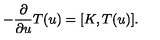
- \frac { \partial } { \partial u } T ( u ) = [ K , T ( u ) ] .